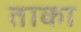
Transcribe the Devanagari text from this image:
ताका